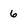
Character: 6